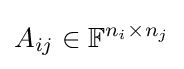
A_{ij}\in \mathbb {F} ^{n_{i}\times n_{j}}